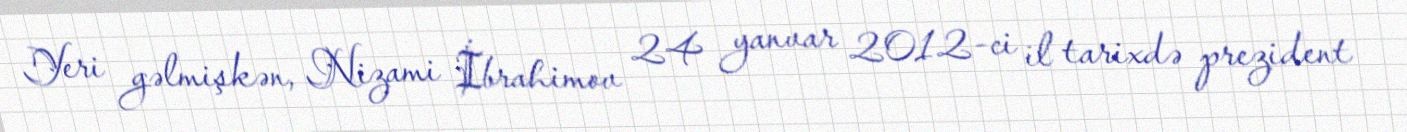
Yeri gəlmişkən, Nizami İbrahimov 24 yanvar 2012-ci il tarixdə prezident